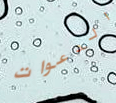
الدعوات